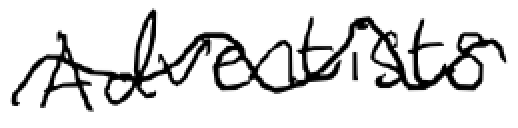
Text: Adventists
Cross-out: wave
Writing tool: digital_black